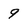
Character: 9